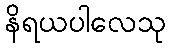
နိရယပါလေသု